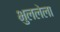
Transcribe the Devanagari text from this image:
भुललेला